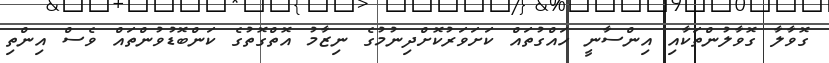
ގޮވާލާ ގޮވާލުންތަކާއި އިންސާނީ ހައްގުތައް ކަށަވަރުކޮށްދިނުމުގެ ނިޒާމު އޮތްގޮތުގެ ކަންބޮޑުވުންތައް ވެސް އިންތި